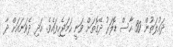
ދައުލަތުން 30 ހާސް ޑޮލަރު ދޭގޮތަށް ވަނީ ހަމަޖެހިފައެވެ. އަދި ދެވަނައަށް ދާ